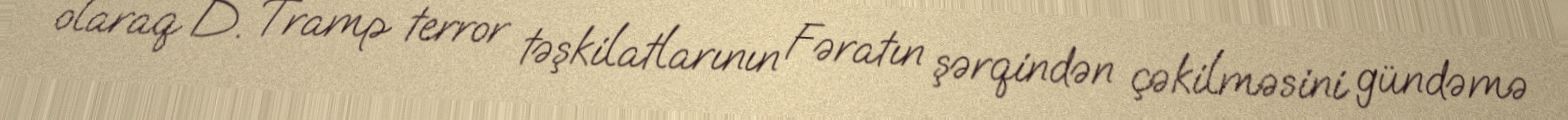
olaraq D. Tramp terror təşkilatlarının Fəratın şərqindən çəkilməsini gündəmə